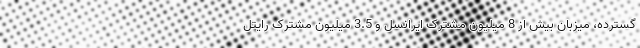
گسترده، میزبان بیش از 8 میلیون مشترک ایرانسل و 3.5 میلیون مشترک رایتل